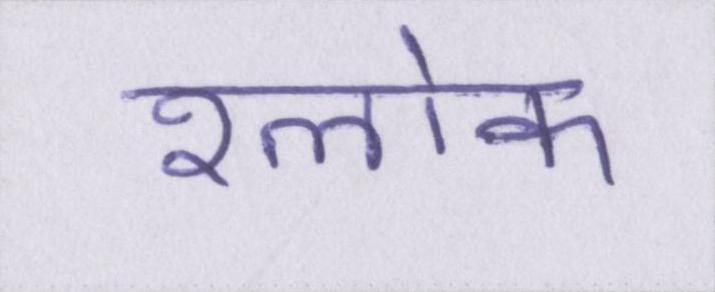
श्लोक